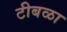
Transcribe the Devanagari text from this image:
टीबळा